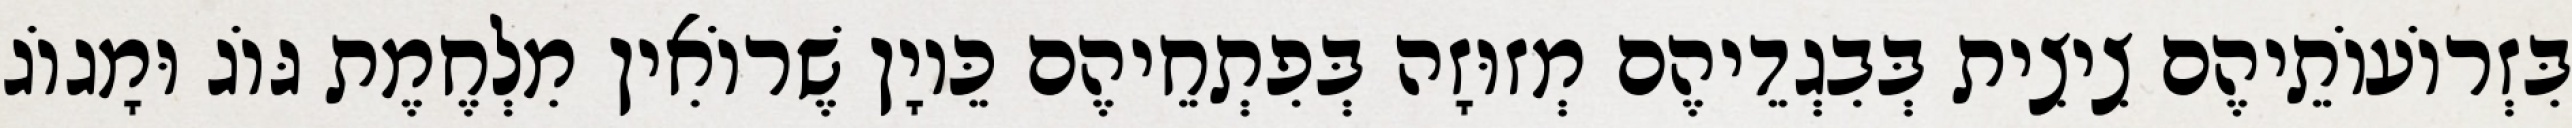
בִּזְרוֹעוֹתֵיהֶם צִיצִית בְּבִגְדֵיהֶם מְזוּזָה בְּפִתְחֵיהֶם כֵּיוָן שֶׁרוֹאִין מִלְחֶמֶת גּוֹג וּמָגוֹג